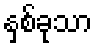
နှစ်ခုသာ